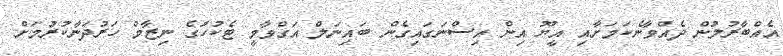
އެއްބާރުލުން ދެއްވާނެކަމަށާއި އީޔޫ އިން އިސްނަގައިގެން ބައިނަލް އަގްވާމީ ޓެކުހުގެ ނިޒާމް ހަރުދަނާކުރުމަށް